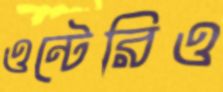
ওন্টেরিও